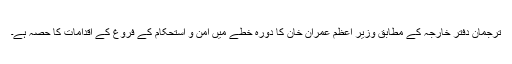
ترجمان دفتر خارجہ کے مطابق وزیر اعظم عمران خان کا دورہ خطے میں امن و استحکام کے فروغ کے اقدامات کا حصہ ہے۔